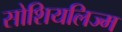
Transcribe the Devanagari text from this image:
सोशियलिज्म